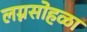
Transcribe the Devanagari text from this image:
लग्नसोहळा